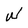
Character: W